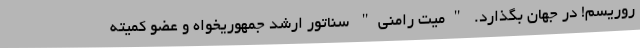
روریسم! در جهان بگذارد. "میت رامنی" سناتور ارشد جمهوریخواه و عضو کمیته